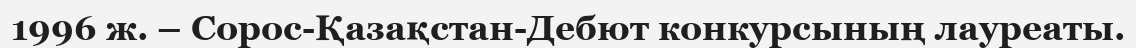
1996 ж. – Сорос-Қазақстан-Дебют конкурсының лауреаты.